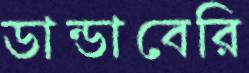
ডান্ডাবেরি